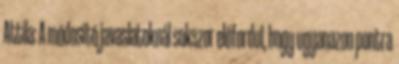
Attila: A módosító javaslatoknál sokszor előfordul, hogy ugyanazon pontra